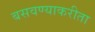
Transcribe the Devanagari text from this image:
बसवण्याकरीता